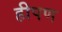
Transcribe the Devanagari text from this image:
हीपण